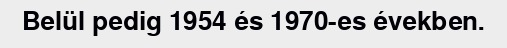
Belül pedig 1954 és 1970-es években.